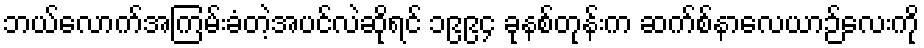
ဘယ်လောက်အကြမ်းခံတဲ့အပင်လဲဆိုရင် ၁၉၉၄ ခုနစ်တုန်းက ဆက်စ်နာလေယာဉ်လေးကို